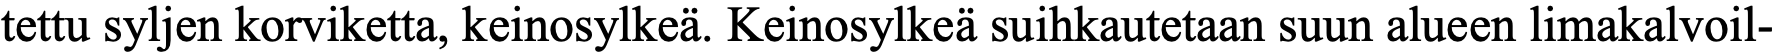
tettu syljen korviketta, keinosylkeä. Keinosylkeä suihkautetaan suun alueen limakalvoil-